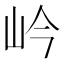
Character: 岒